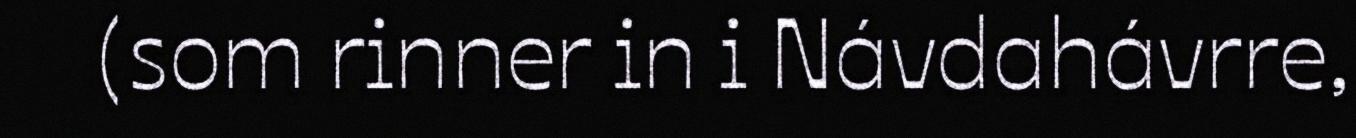
(som rinner in i Návdahávrre,